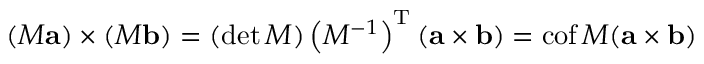
( M \mathbf { a } ) \times ( M \mathbf { b } ) = ( \operatorname* { d e t } M ) \left( M ^ { - 1 } \right) ^ { \mathrm { T } } ( \mathbf { a } \times \mathbf { b } ) = \operatorname { c o f } M ( \mathbf { a } \times \mathbf { b } )